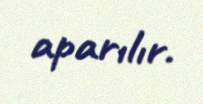
aparılır.